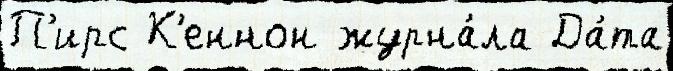
П'ирс К'еннон журна́ла Да́та